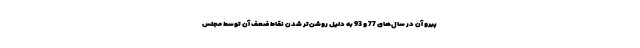
پیرو آن در سال‌های 77 و 93 به دلیل روشن‌تر شدن نقاط ضعف آن توسط مجلس